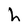
Character: h